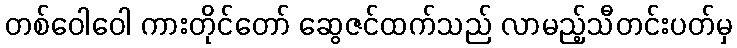
တစ်ဝေါဝေါ ကားတိုင်တော် ဆွေဇင်ထက်သည် လာမည့်သီတင်းပတ်မှ